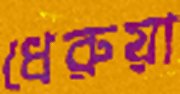
ধেরুয়া